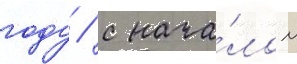
году / с нача́лом